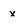
Character: x